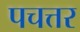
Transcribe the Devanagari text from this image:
पचत्तर